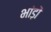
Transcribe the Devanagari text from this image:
भांड़ों